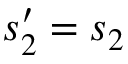
s _ { 2 } ^ { \prime } = s _ { 2 }